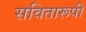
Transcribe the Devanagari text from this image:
सवितारूपी